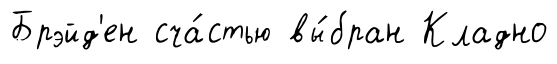
Брэйд'ен сча́стью вы́бран Кладно